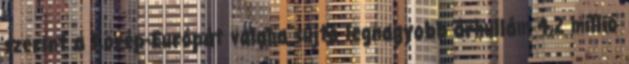
szerint a Közép-Európát valaha sújtó legnagyobb árhullám 4,2 millió